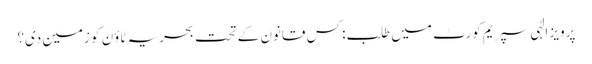
پرویز الٰہی سپریم کورٹ میں طلب: کس قانون کے تحت بحریہ ٹاؤن کو زمین دی؟